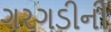
ગરગડીની